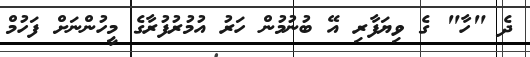
ދެ "ހާ" ގެ ވިޔަފާރި އޭ ބުނުމުން ހަރު އުމުރުފުރާގެ މީހުންނަށް ފަހުމް